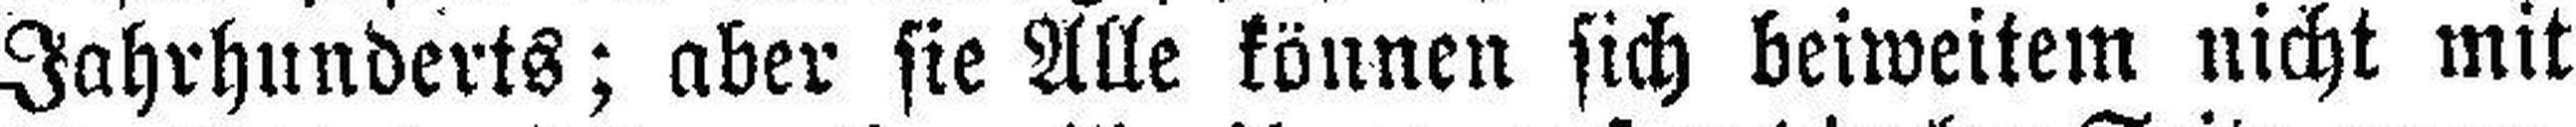
Jahrhunderts; aber sie Alle können sich beiweitem nicht mit